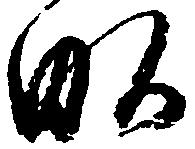
畝